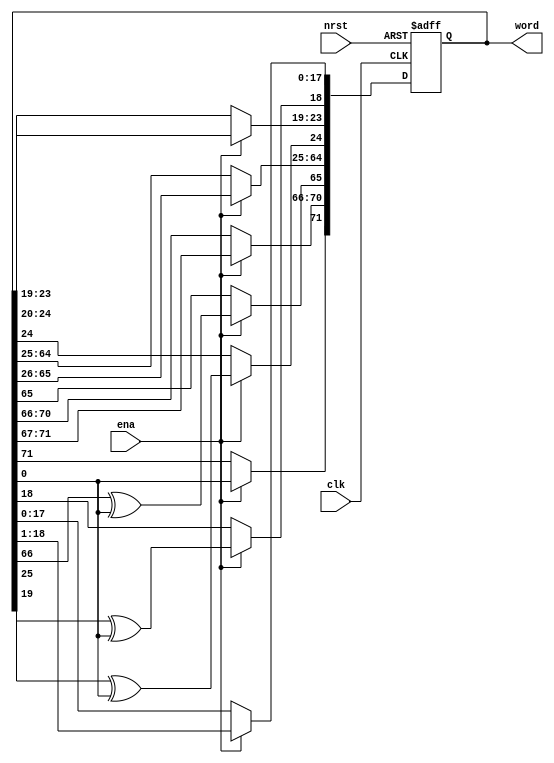
// (C) 2001-2016 Altera Corporation. All rights reserved.
// Your use of Altera Corporation's design tools, logic functions and other 
// software and tools, and its AMPP partner logic functions, and any output 
// files any of the foregoing (including device programming or simulation 
// files), and any associated documentation or information are expressly subject 
// to the terms and conditions of the Altera Program License Subscription 
// Agreement, Altera MegaCore Function License Agreement, or other applicable 
// license agreement, including, without limitation, that your use is for the 
// sole purpose of programming logic devices manufactured by Altera and sold by 
// Altera or its authorized distributors.  Please refer to the applicable 
// agreement for further details.


`timescale 1 ps / 1 ps

module rw_manager_lfsr72(
	clk, 
	nrst, 
	ena, 
	word
);

	input clk;
	input nrst;
	input ena;
	output reg [71:0] word;

	always @(posedge clk or negedge nrst) begin
		if(~nrst) begin
			word <= 72'hAAF0F0AA55F0F0AA55;
		end
		else if(ena) begin
			word[71] <= word[0];
			word[70:66] <= word[71:67];
			word[65] <= word[66] ^ word[0];
			word[64:25] <= word[65:26];
			word[24] <= word[25] ^ word[0];
			word[23:19] <= word[24:20];
			word[18] <= word[19] ^ word[0];
			word[17:0] <= word[18:1];
		end
	end

endmodule